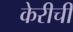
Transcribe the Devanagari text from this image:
केरीची